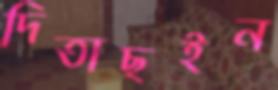
দিতাছইন